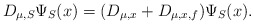
\begin{align*}D_{\mu,S}\Psi_{S}(x)=(D_{\mu,x}+D_{\mu,x,f})\Psi_{S}(x).\end{align*}